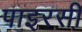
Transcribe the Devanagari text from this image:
पाइरसी